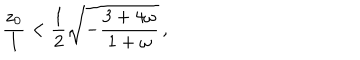
{ \frac { z _ { 0 } } { l } } < { \frac { 1 } { 2 } } \sqrt { - { \frac { 3 + 4 \omega } { 1 + \omega } } } \, ,